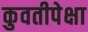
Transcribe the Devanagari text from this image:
कुवतीपेक्षा